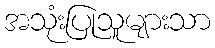
အသုံးပြုသူများသာ